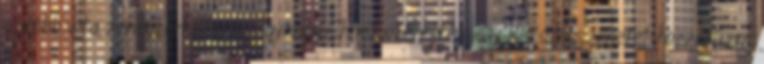
apróbb vita zeneszerkesztés ügyében.Ehhez szeretnék egy kis szösszenetet hozzáfűzni.